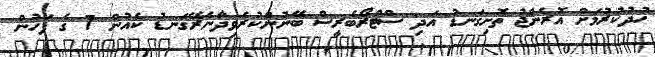
ހުދުކުރުމަށް އޮރެންޖު ތޮށިގަނޑު އަދި ސްޓްރޯބެރީސް ބޭނުންކުރެވިދާނެރޭގަނޑު ކެއުން 7 ގެ ފަހުން